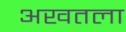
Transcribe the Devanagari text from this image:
अखतला